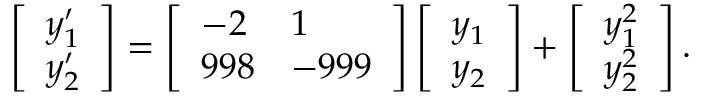
\left[ \begin{array} { l } { y _ { 1 } ^ { \prime } } \\ { y _ { 2 } ^ { \prime } } \end{array} \right] = \left[ \begin{array} { l l } { - 2 } & { 1 } \\ { 9 9 8 } & { - 9 9 9 } \end{array} \right] \left[ \begin{array} { l } { y _ { 1 } } \\ { y _ { 2 } } \end{array} \right] + \left[ \begin{array} { l } { y _ { 1 } ^ { 2 } } \\ { y _ { 2 } ^ { 2 } } \end{array} \right] .